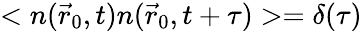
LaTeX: <n(\vec{r}_{0},t)n(\vec{r}_{0},t+\tau)>=\delta(\tau)